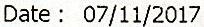
DATE : 07/11/2017